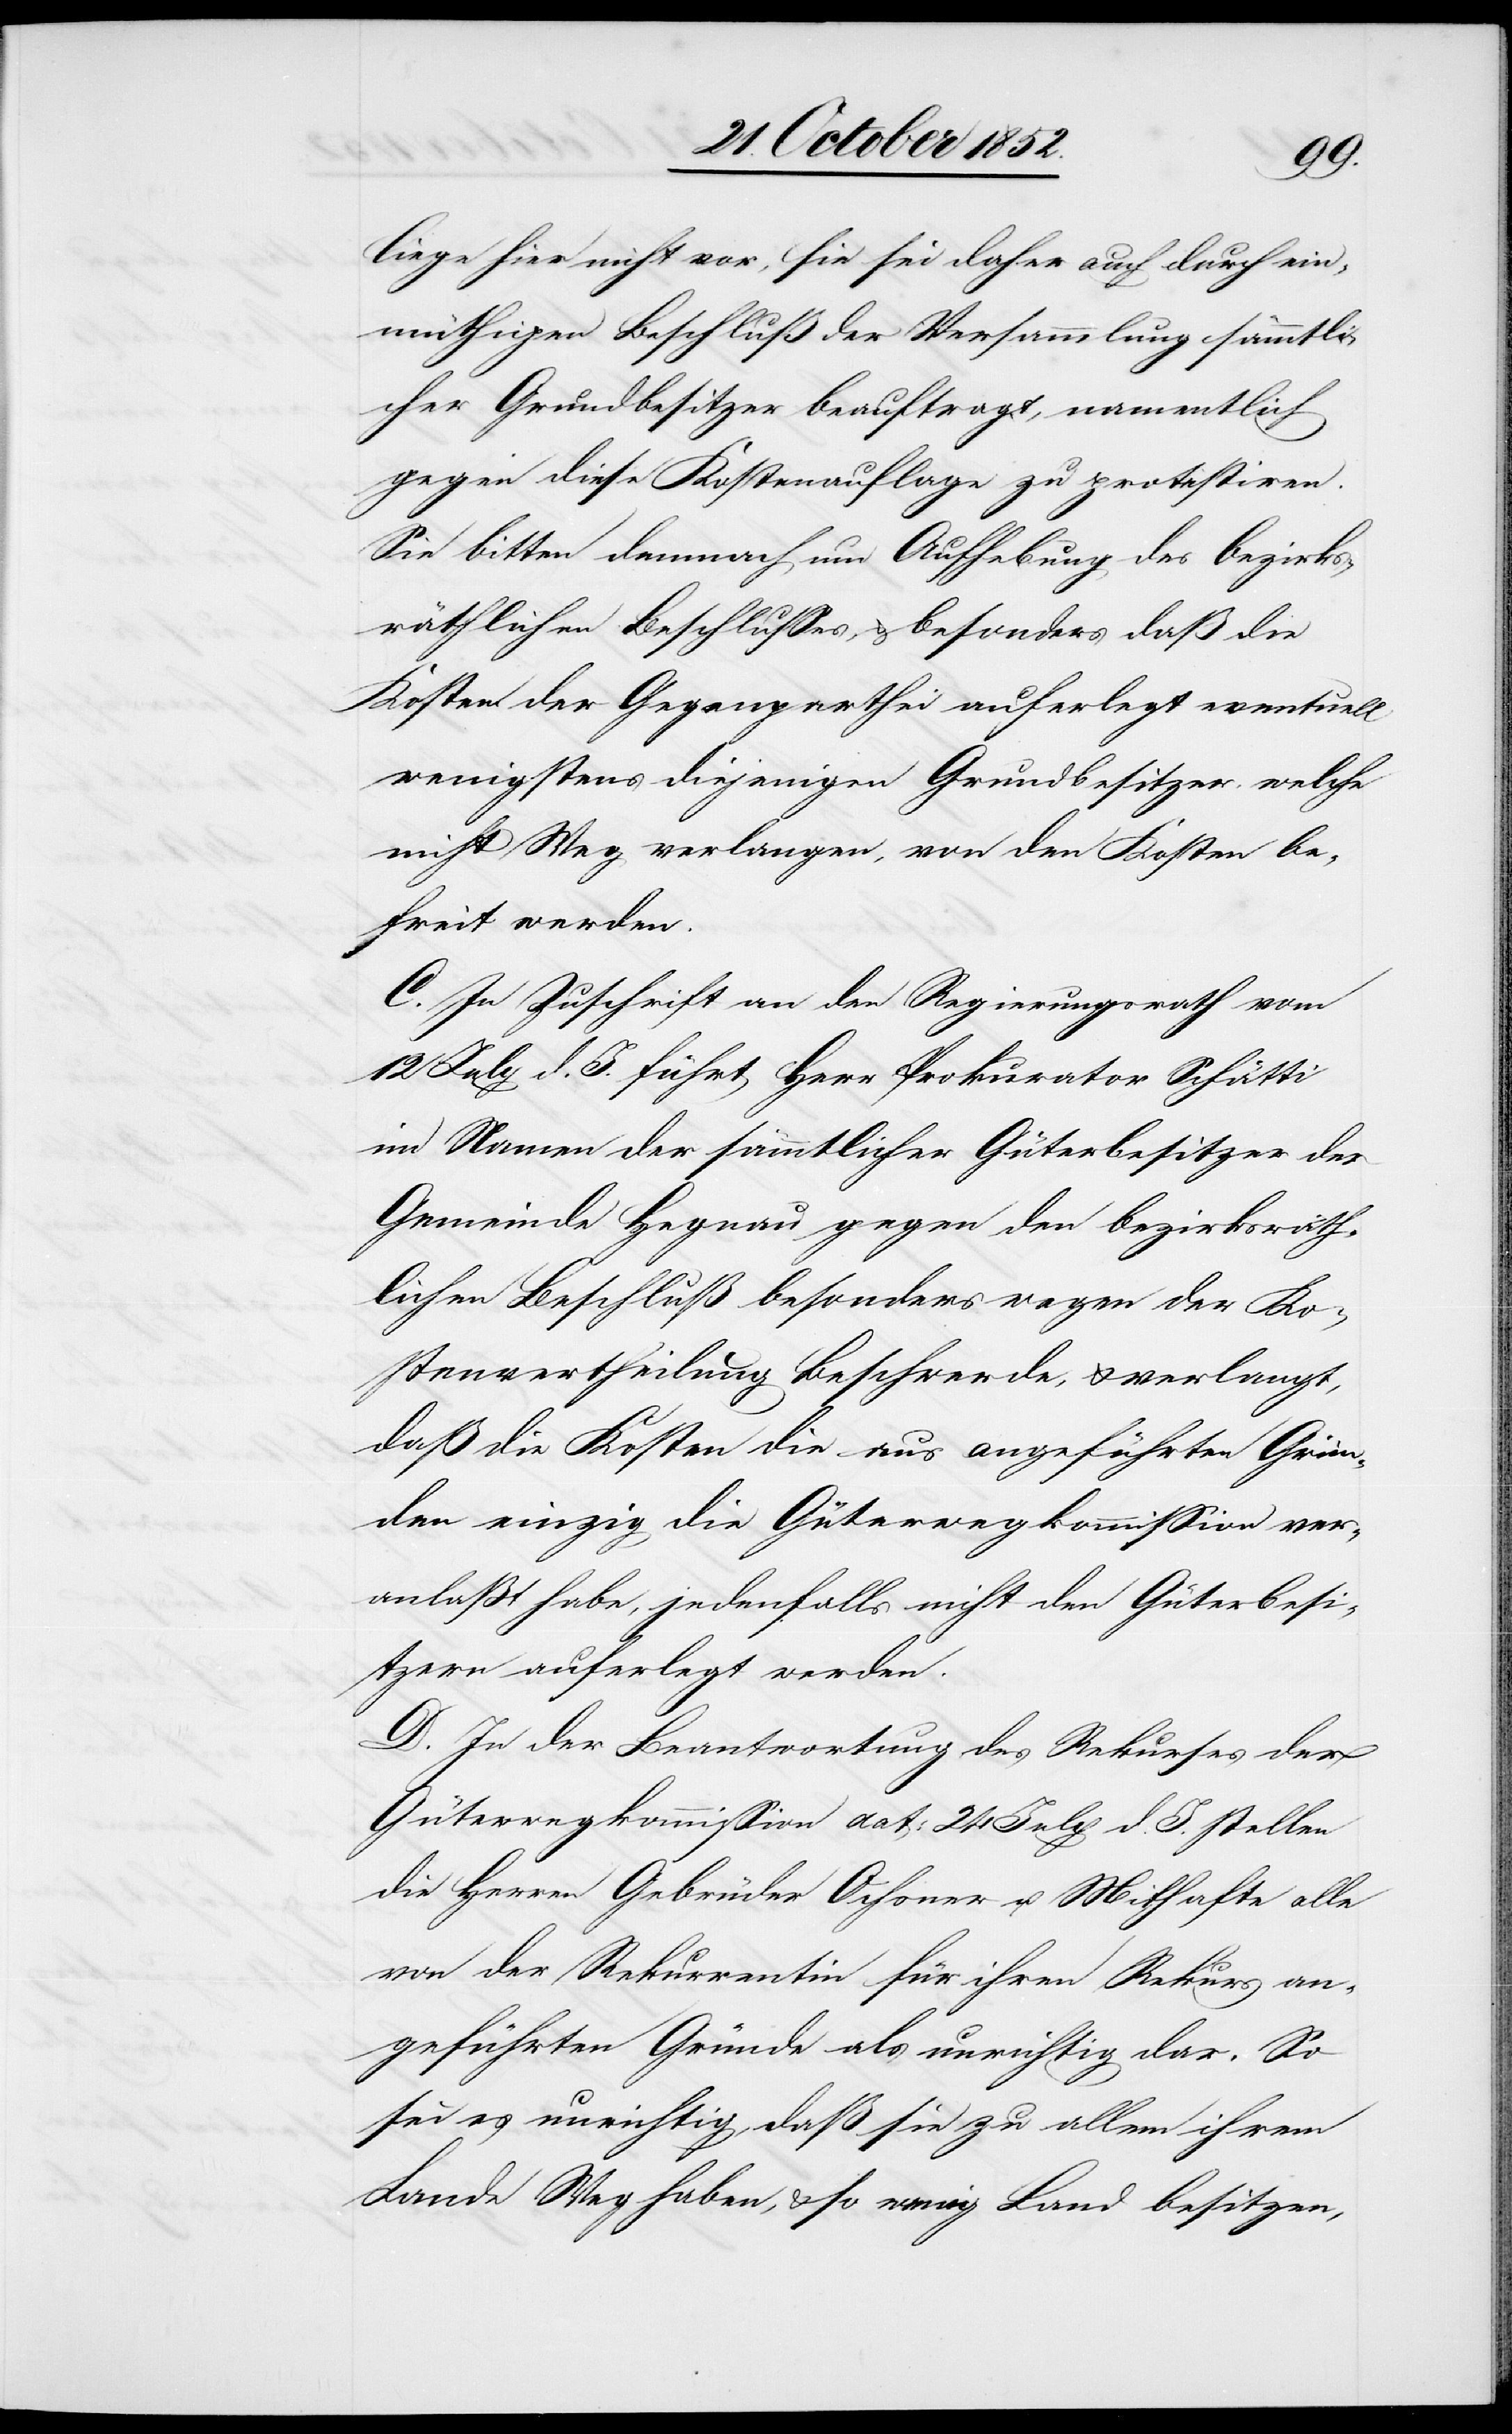
liege hier nicht vor, sie sei daher auch durch ein¬
müthigen Beschluß der Versammlung sämmtli¬
cher Grundbesitzer beauftragt, namentlich
gegen diese Kostenauflage zu protestiren.
Sie bitten demnach um Aufhebung des bezirks¬
räthlichen Beschlusses, & besonders daß die
Kosten der Gegenparthei auferlegt eventuell
wenigstens diejenigen Grundbesitzer welche
nicht Weg verlangen, von den Kosten be¬
freit werden.
C. In Zuschrift an den Regierungsrath vom
12 July d. J. führt Herr Prokurator Schätti
im Namen der sämmtlicher [sic!] Güterbesitzer der
Gemeinde Hegnau gegen den bezirksräth¬
lichen Beschluß besonders wegen der Ko¬
stenvertheilung Beschwerde, & verlangt,
daß die Kosten die aus angeführten Grün¬
den einzig die Güterwegkommission ver¬
anlaßt habe, jedenfalls nicht den Güterbesi¬
tzern auferlegt werden.
D. In der Beantwortung des Rekurses der
Güterwegkommission dat: 24 July d. J. stellen
die Herren Gebrüder Ochsner u. Mithafte alle
von der Rekurrentin für ihren Rekurs an¬
geführten Gründe als unrichtig dar. So
sei es unrichtig, daß sie zu allem ihrem
Lande Weg haben, & so wenig Land besitzen,